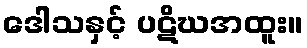
ဒေါသနှင့် ပဋိဃအထူး။